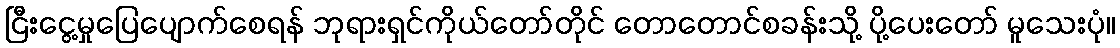
ငြီးငွေ့မှုပြေပျောက်စေရန် ဘုရားရှင်ကိုယ်တော်တိုင် တောတောင်စခန်းသို့ ပို့ပေးတော် မူသေးပုံ။